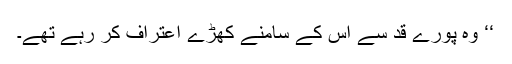
‘‘ وہ پورے قد سے اس کے سامنے کھڑے اعتراف کر رہے تھے۔